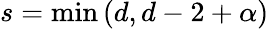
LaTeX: s=\operatorname*{min}\left(d,d-2+\alpha\right)